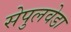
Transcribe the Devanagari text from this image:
सेपुलवेडा